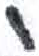
אות: י